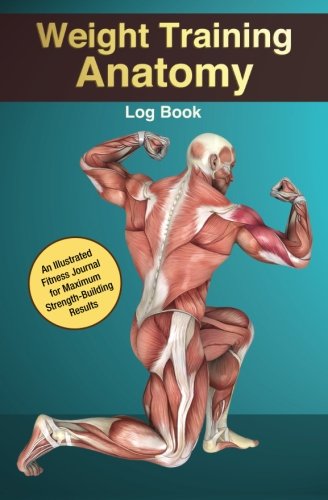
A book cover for Weight Training Anatomy Log Book: An Illustrated Fitness Journal for Maximum Strength-Building Results; Kingfisher Fitness; Calendars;